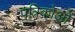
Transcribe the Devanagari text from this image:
पत्रिकोओं